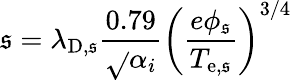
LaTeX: \mathfrak{s}=\lambda_{\mathrm{{D,\mathfrak{s}}}}\frac{{0.79}}{{\sqrt{}{{\alpha_{i}}}}}\left(\frac{{e\phi_{\mathrm{{\mathfrak{s}}}}}}{{T_{\mathrm{{e,\mathfrak{s}}}}}}\right)^{3/4}